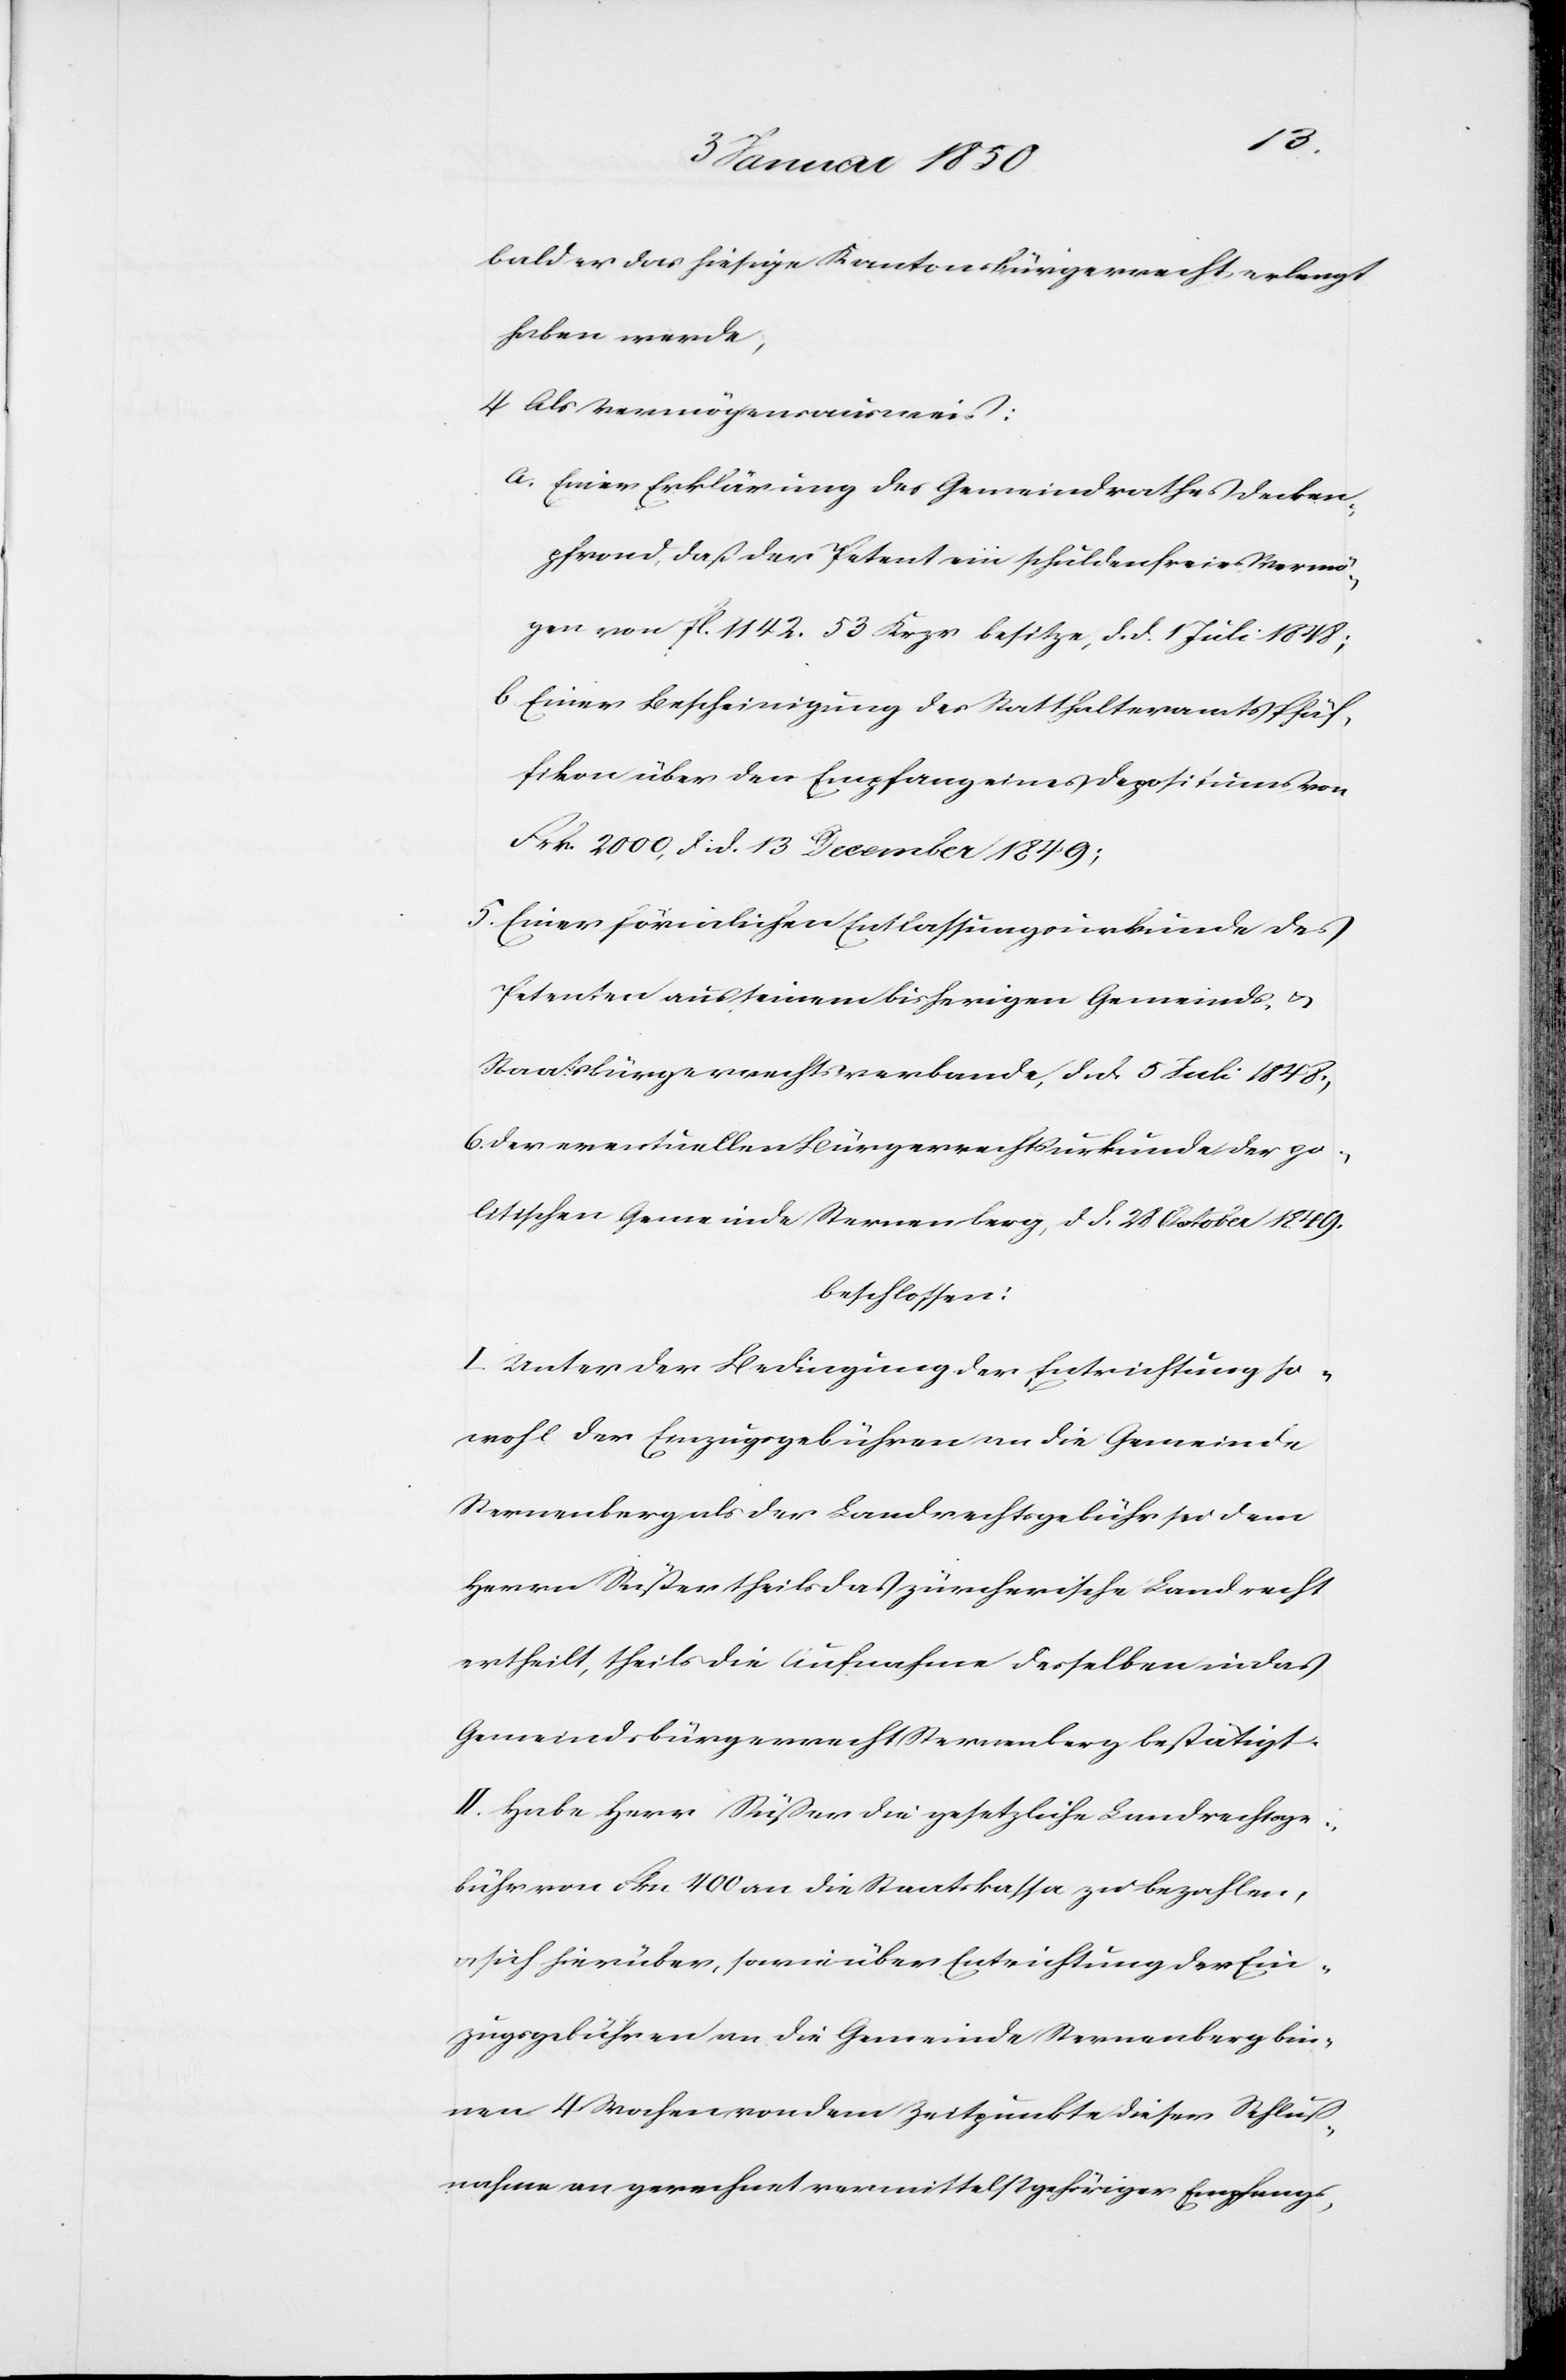
bald er das hiesige Kantonsbürgerrecht erlangt
haben werde,
4 Als Vermögensausweis:
a. Einer Erklärung des Gemeindrathes Decken¬
pfrond, daß der Petent ein schuldenfreies Vermö¬
gen von Fl. 1142. 53 Krzr besitze, d. d. 1 Juli 1848;
b Einer Bescheinigung des Statthalteramts Pfäf¬
fikon über den Empfang eines Depositums von
Frk. 2000, d. d. 13 December 1849;
5. Einer förmlichen Entlassungsurkunde des
Petenten aus seinem bisherigen Gemeinds- u.
Staatsbürgerrechtsverbande, d. d. 5 Juli 1848;
6. der eventuellen Bürgerrechtsurkunde der po¬
litischen Gemeinde Sternenberg, d. d. 28 October 1849.
beschlossen:
I. Unter der Bedingung der Entrichtung so¬
wohl der Einzugsgebühren an die Gemeinde
Sternenberg als der Landrechtsgebühr sei dem
Herrn Süßer theils das zürcherische Landrecht
ertheilt, theils die Aufnahme desselben in das
Gemeindsbürgerrecht Sternenberg bestätigt.
II. Habe Herr Süßer die gesetzliche Landrechtsge¬
bühr von Fkn. 400 an die Staatskassa zu bezahlen,
u. sich hierüber, sowie über Entrichtung der Ein¬
zugsgebühren an die Gemeinde Sternenberg bin¬
nen 4 Wochen von dem Zeitpunkte dieser Schluß¬
nahme an gerechnet vermittelst gehöriger Empfangs-